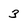
Character: 3